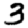
Digit: 3